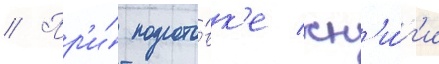
// Пр'и́ подгото́вк'е кн'и́г'и